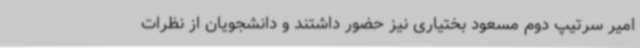
امیر سرتیپ دوم مسعود بختیاری نیز حضور داشتند و دانشجویان از نظرات